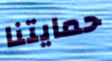
حمايتنا